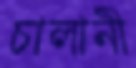
চালানী